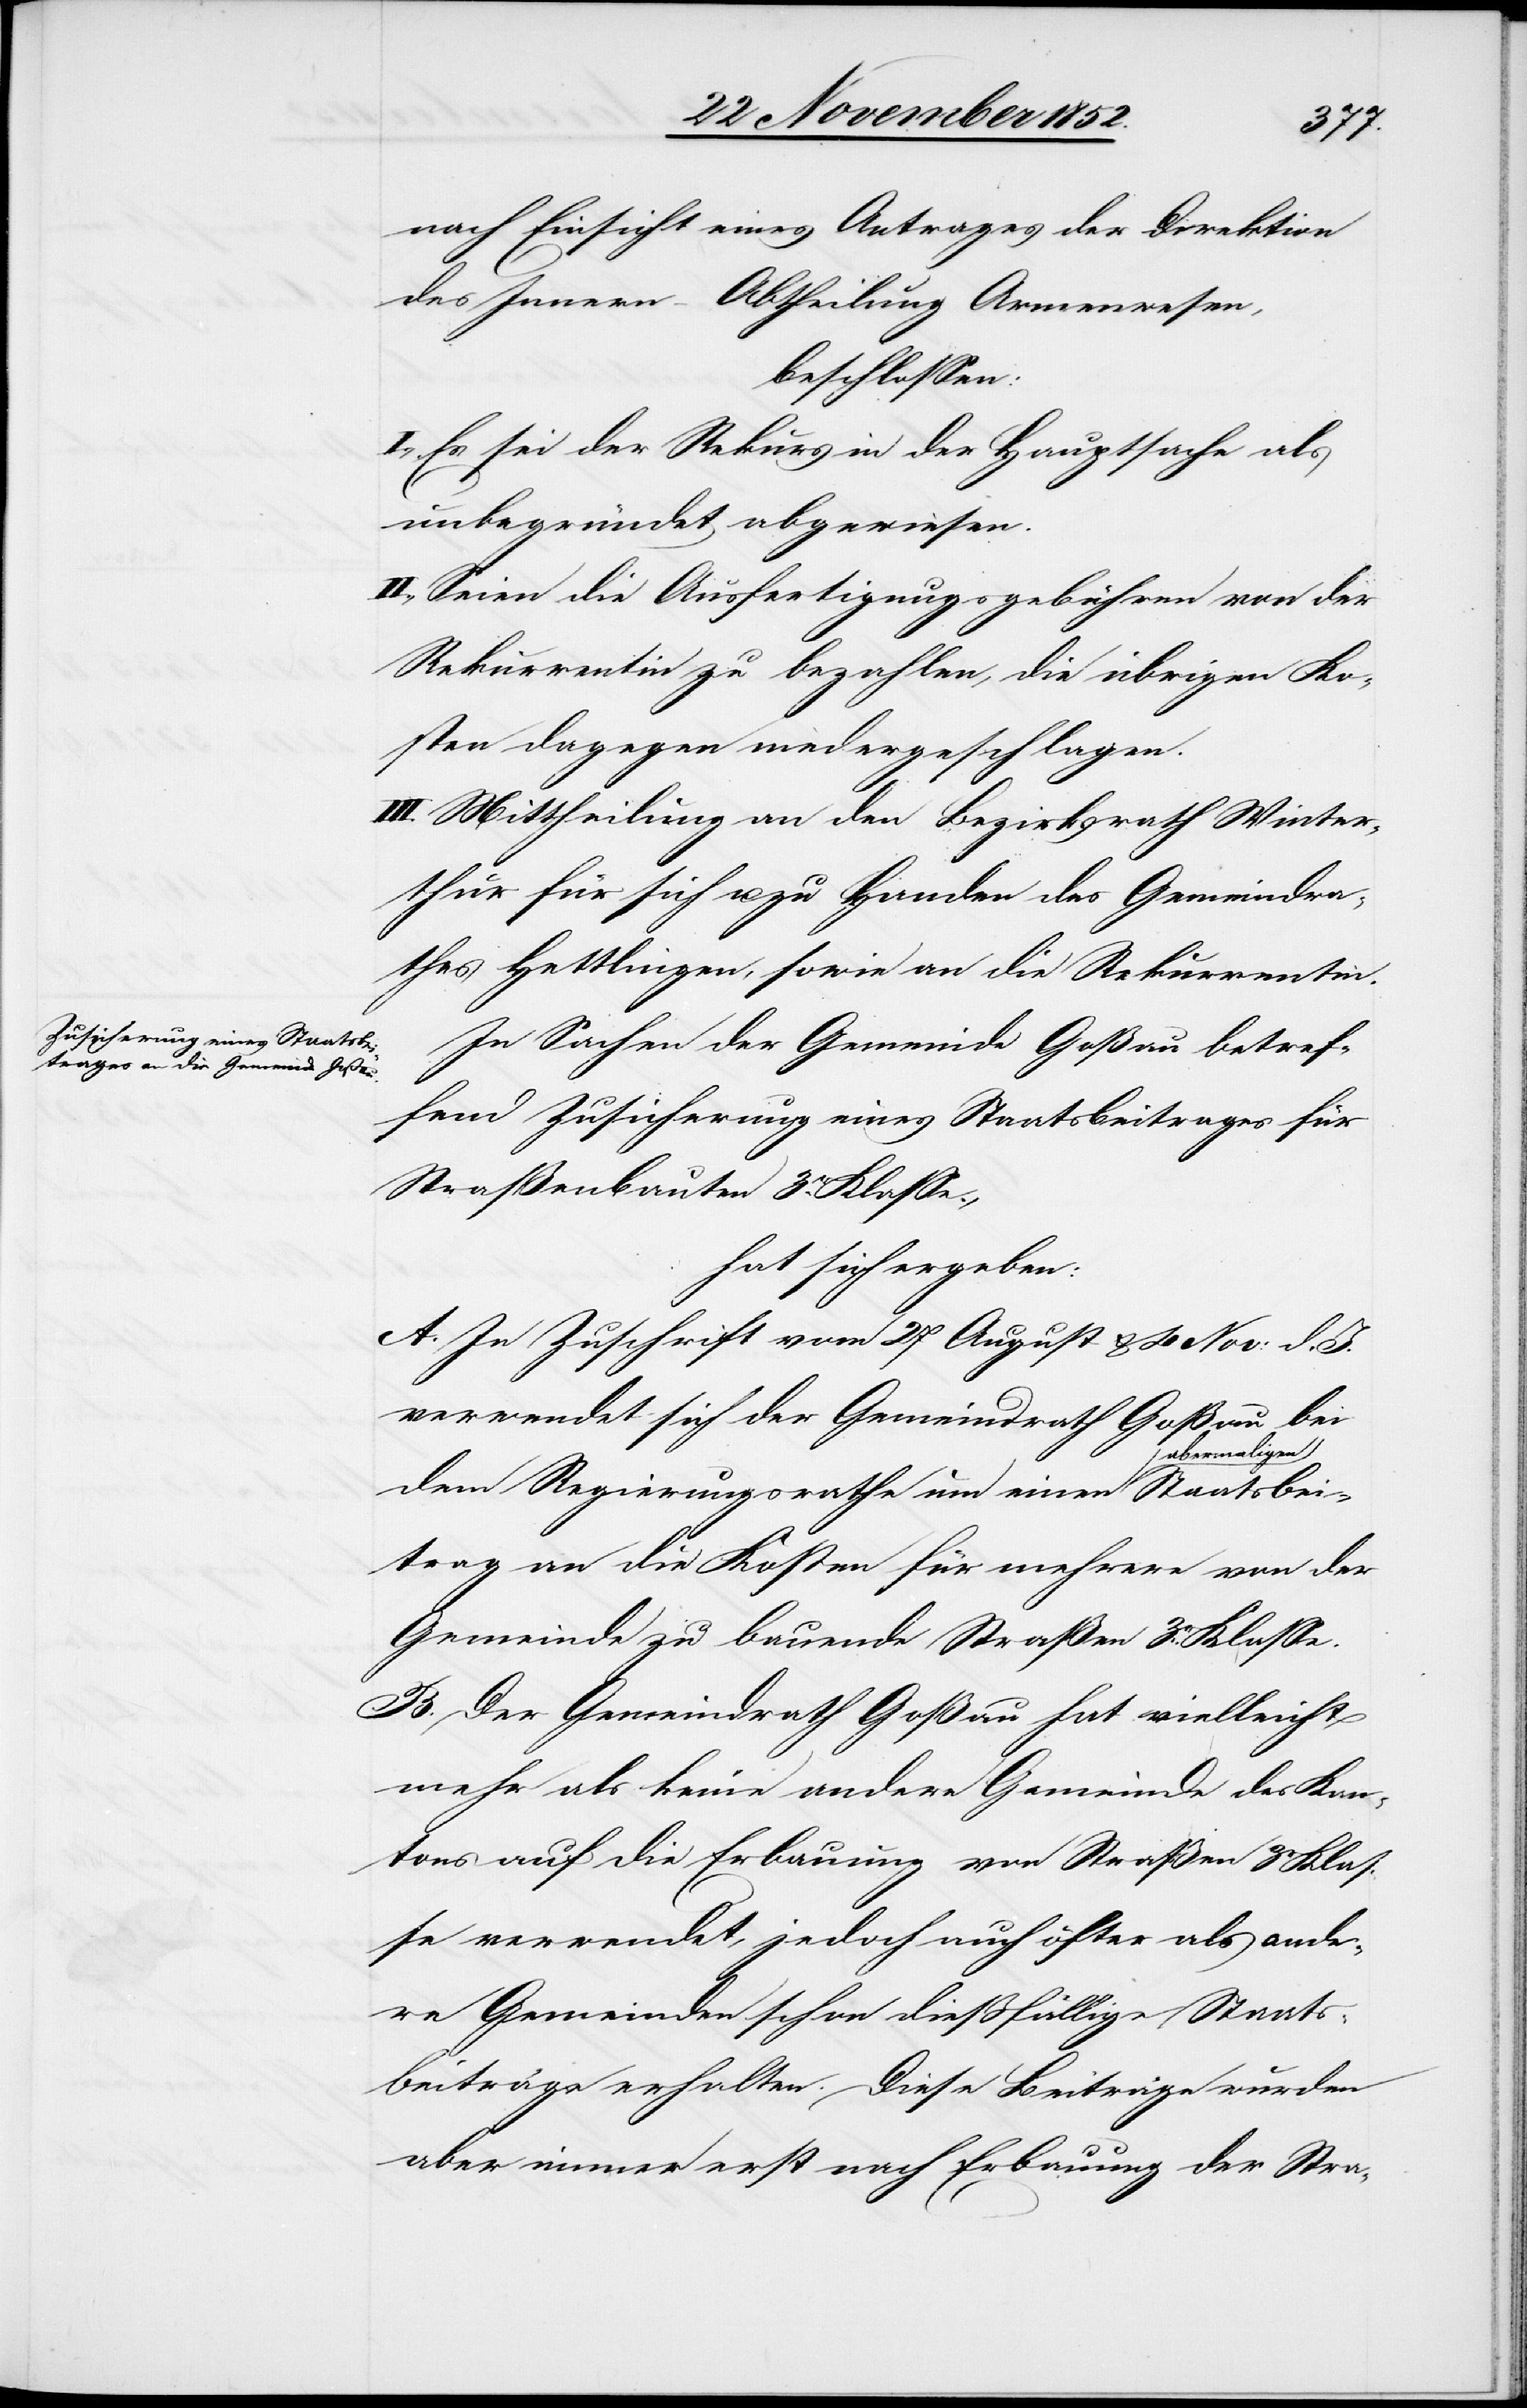
nach Einsicht eines Antrages der Direktion
des Innern – Abtheilung Armenwesen,
beschlossen:
I., Es sei der Rekurs in der Hauptsache als
unbegründet abgewiesen.
II., Seien die Ausfertigungsgebühren von der
Rekurrentin zu bezahlen, die übrigen Ko¬
sten dagegen niedergeschlagen.
III. Mittheilung an den Bezirksrath Winter¬
thur für sich u. zu Handen des Gemeindra¬
thes Hettlingen, sowie an die Rekurrentin.
In Sachen der Gemeinde Goßau betref¬
fend Zusicherung eines Staatsbeitrages für
Straßenbauten 3r. Klasse;
hat sich ergeben:
A. In Zuschrift vom 27 August & 4 Nov: d. J.
verwendet sich der Gemeindrath Goßau bei
maligen Staatsbei¬
dem Regierungsrathe um einen aber¬
trag an die Kosten für mehrere von der
Gemeinde zu bauende Straßen 3r. Klasse.
B. Der Gemeindrath Goßau hat vielleicht
mehr als keine andere Gemeinde des Kan¬
tons auf die Erbauung von Straßen 3r Klas¬
se verwendet, jedoch auch öfter als ande¬
re Gemeinden schon dießfällige Staats¬
beiträge erhalten. Diese Beiträge wurden
aber immer erst nach Erbauung der Stra-